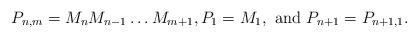
LaTeX: \begin{align*}P_{n,m}=M_nM_{n-1}\dots M_{m+1}, P_{1} = M_{1}, \hbox{ and } P_{n+1}=P_{n+1,1}.\end{align*}